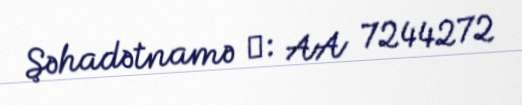
Şəhadətnamə №: AA 7244272